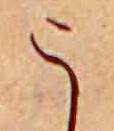
う